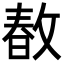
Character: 𢾜